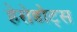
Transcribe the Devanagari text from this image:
हेरोडोट्स